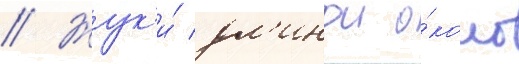
// Жук'и́ дл'инои о́коло